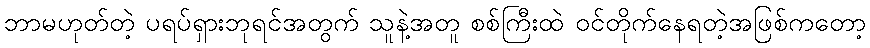
ဘာမဟုတ်တဲ့ ပရပ်ရှားဘုရင်အတွက် သူနဲ့အတူ စစ်ကြီးထဲ ဝင်တိုက်နေရတဲ့အဖြစ်ကတော့